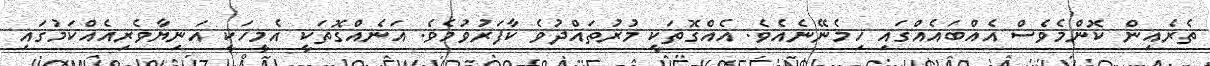
ތެރެއިން ކޮންމެވެސް އެއްބައެއްގައި ހިމެނޭނެއެވެ. އެއްގޮތަކީ މުރުތައްދުވެ ކާފަރުވުމެވެ. އަނެއްގޮތަކީ އެމީހަކީ އަނިޔާވެރިއެއްކަމުގައި